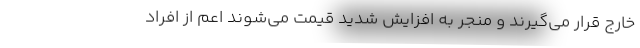
خارج قرار می‌گیرند و منجر به افزایش شدید قیمت می‌شوند اعم از افراد